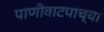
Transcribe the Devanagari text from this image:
पाणीवाटपाच्या